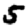
Digit: 5